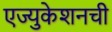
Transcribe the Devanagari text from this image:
एज्युकेशनची